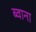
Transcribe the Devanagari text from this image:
ब्वाना